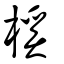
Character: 榽